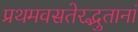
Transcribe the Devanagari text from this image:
प्रथमवसतेरद्भुतानां